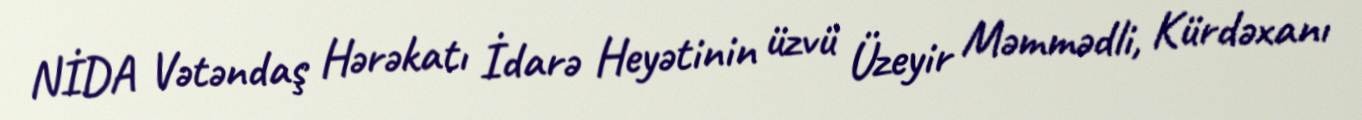
NİDA Vətəndaş Hərəkatı İdarə Heyətinin üzvü Üzeyir Məmmədli, Kürdəxanı